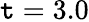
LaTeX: \mathtt{t}=3.0